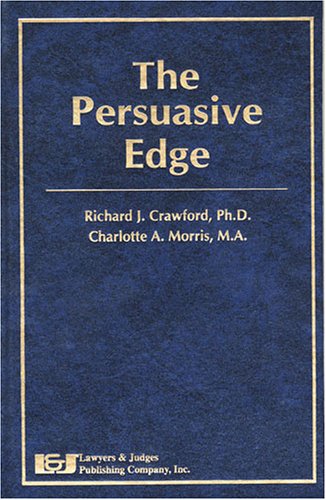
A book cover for The Persuasive Edge; Richard J. Crawford; Law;